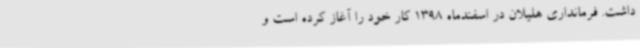
داشت. فرمانداری هلیلان در اسفندماه 1398 کار خود را آغاز کرده است و